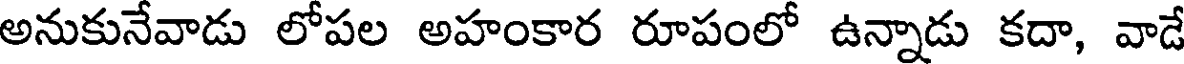
అనుకునేవాడు లోపల అహంకార రూపంలో ఉన్నాడు కదా, వాడే